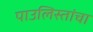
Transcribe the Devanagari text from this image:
पाउलिस्तांचा